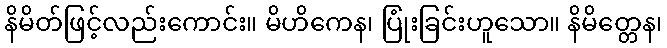
နိမိတ်ဖြင့်လည်းကောင်း။ မိဟိကေန၊ ပြုံးခြင်းဟူသော။ နိမိတ္တေန၊